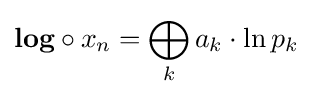
{\textbf {log}}\circ x_{n}=\bigoplus _{k}a_{k}\cdot \ln p_{k}